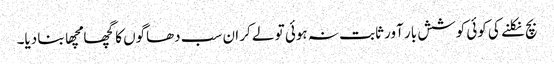
بچ نکلنے کی کوئی کوشش بار آور ثابت نہ ہوئی تو لے کر ان سب دھاگوں کا گچھا مچھا بنا دیا۔